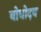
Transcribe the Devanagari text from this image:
बोधोदय